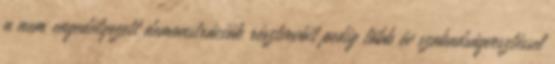
a nem engedélyezett demonstrációk résztvevőit pedig több év szabadságvesztéssel